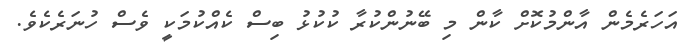
އަހަރެމެން އާންމުކޮށް ކާން މި ބޭނުންކުރާ ކުކުޅު ބިސް ކެއްކުމަކީ ވެސް ހުނަރެކެވެ.